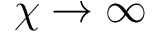
\chi \rightarrow \infty